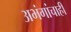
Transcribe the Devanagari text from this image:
अभंगांचाही